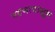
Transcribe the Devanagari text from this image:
पटणापासून